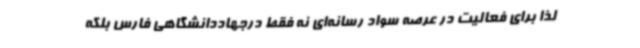
لذا برای فعالیت در عرصه سواد رسانه‌ای نه فقط درجهاددانشگاهی فارس بلکه